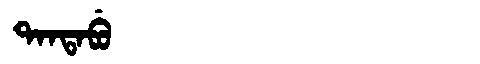
Manchu: ᡨᠠᠨᡨᠠᠪᡠ
Romanization: TANTABU